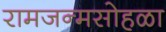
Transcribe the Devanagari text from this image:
रामजन्मसोहळा